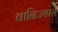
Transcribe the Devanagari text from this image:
वानिज्यास